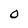
Character: 0